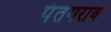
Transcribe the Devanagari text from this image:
पंतगराव